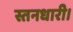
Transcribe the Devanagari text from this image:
स्तनधारी।